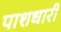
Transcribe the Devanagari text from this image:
पाशधारी